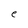
Character: e